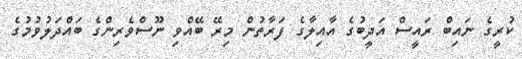
ކުރީގެ ނައިބް ރައީސް އަދީބުގެ އާއިލާގެ ފަރާތުން މިރޭ ބޭއްވި ނޫސްވެރިންގެ ބައްދަލުވުމުގެ